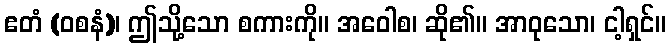
ဧတံ (ဝစနံ)၊ ဤသို့သော စကားကို။ အဝေါစ၊ ဆို၏။ အာဝုသော၊ ငါ့ရှင်။